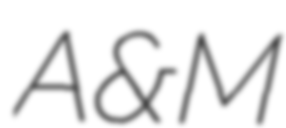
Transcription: A&M